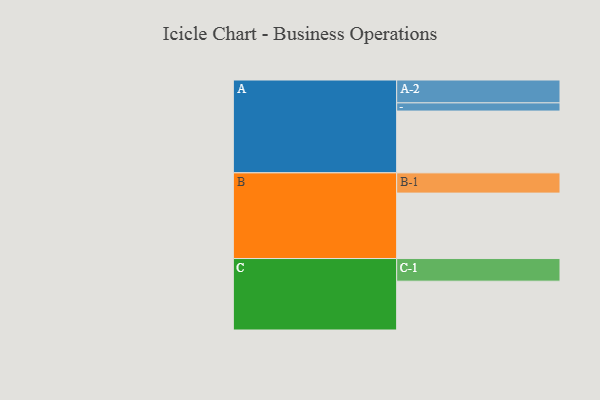
{"axis": {"x": "Segment", "y": "Value"}, "legend": ["", "A", "B", "C"], "data": [{"x": "A", "y": 543, "type": ""}, {"x": "B", "y": 575, "type": ""}, {"x": "C", "y": 429, "type": ""}, {"x": "A-1", "y": 72, "type": "A"}, {"x": "A-2", "y": 201, "type": "A"}, {"x": "B-1", "y": 178, "type": "B"}, {"x": "C-1", "y": 199, "type": "C"}]}